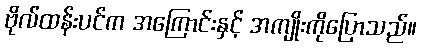
ဗိုလ်ထန်းပင်က အကြောင်းနှင့် အကျိုးကိုပြောသည်။